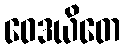
ဝေဒယိတေ